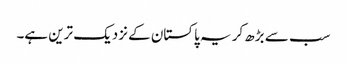
سب سے بڑھ کر یہ پاکستان کے نزدیک ترین ہے۔